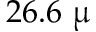
2 6 . 6 ~ \upmu